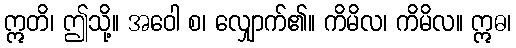
ဣတိ၊ ဤသို့။ အဝေါ စ၊ လျှောက်၏။ ကိမိလ၊ ကိမိလ။ ဣဓ၊